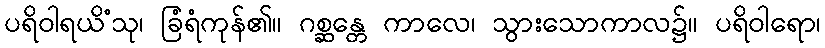
ပရိဝါရယိံသု၊ ခြံရံကုန်၏။ ဂစ္ဆန္တေ ကာလေ၊ သွားသောကာလ၌။ ပရိဝါရော၊